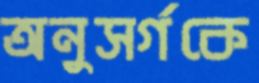
অনুসর্গকে